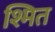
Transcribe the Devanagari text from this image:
श्मित